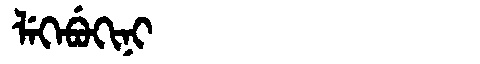
Manchu: ᠯᡝᡴᡝᠪᡠᡴᡳᠨᡳ
Romanization: LEKEBUKINI